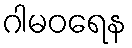
ဂါမဝရေန